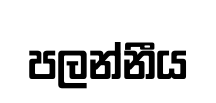
පලන්නීය